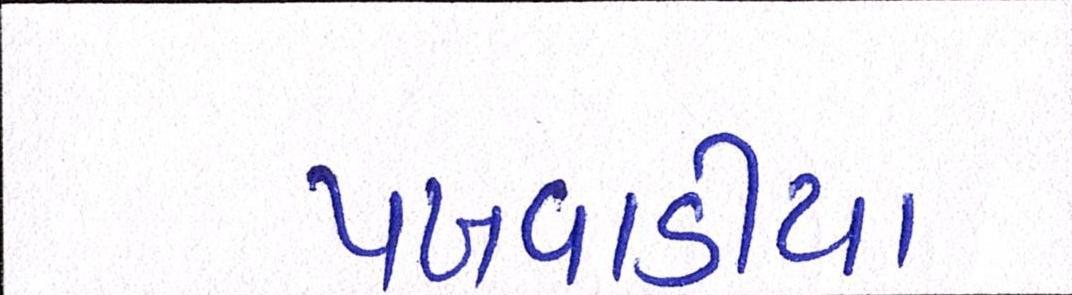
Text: પખવાડીયા